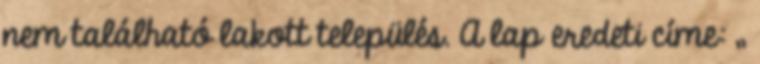
nem található lakott település. A lap eredeti címe: „